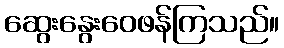
ဆွေးနွေးဝေဖန်ကြသည်။